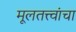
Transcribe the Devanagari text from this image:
मूलतत्त्वांचा